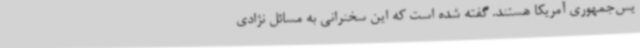
یس‌جمهوری آمریکا هستند. گفته شده است که این سخنرانی به مسائل نژادی